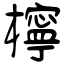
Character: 檸